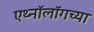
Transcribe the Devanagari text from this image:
एथ्नॉलॉगच्या